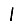
Digit: 1